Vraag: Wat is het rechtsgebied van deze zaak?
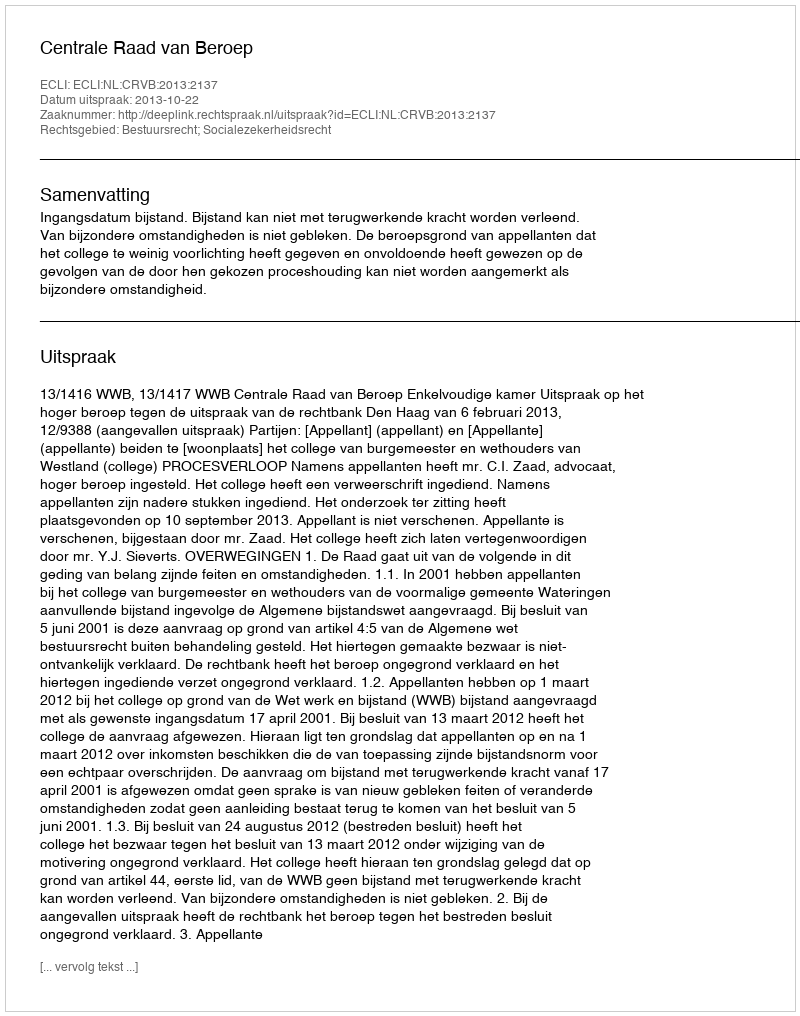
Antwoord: Bestuursrecht; Socialezekerheidsrecht